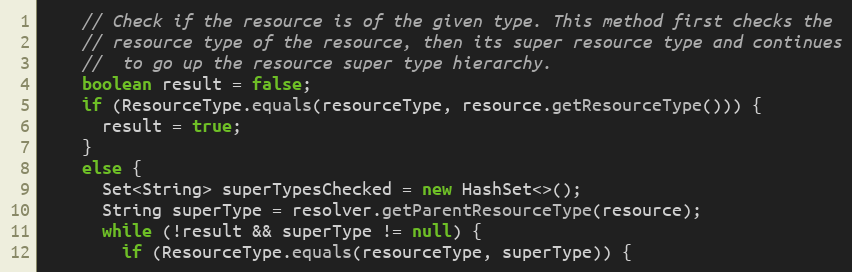
Language: Java
    // Check if the resource is of the given type. This method first checks the
    // resource type of the resource, then its super resource type and continues
    //  to go up the resource super type hierarchy.
    boolean result = false;
    if (ResourceType.equals(resourceType, resource.getResourceType())) {
      result = true;
    }
    else {
      Set<String> superTypesChecked = new HashSet<>();
      String superType = resolver.getParentResourceType(resource);
      while (!result && superType != null) {
        if (ResourceType.equals(resourceType, superType)) {